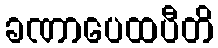
ခဏာပေထပီတိ